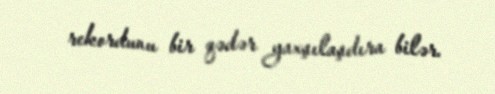
rekordunu bir qədər yaxşılaşdıra bilər.